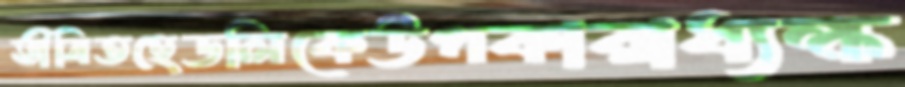
ভীষিতহেডলিকেউপকারাধ্যক্ষ